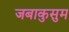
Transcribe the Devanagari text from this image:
जबाकुसुम